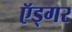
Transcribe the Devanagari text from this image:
ऍड्गर